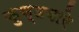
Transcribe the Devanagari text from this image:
कुण्डवारे